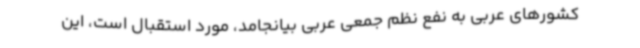
کشورهای عربی به نفع نظم جمعی عربی بیانجامد، مورد استقبال است، این